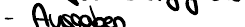
- Ausgaben